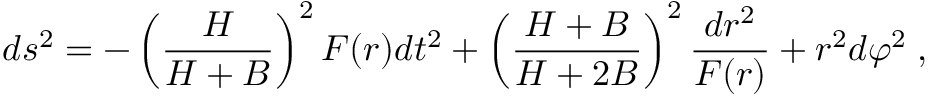
d s ^ { 2 } = - \left( \frac { H } { H + B } \right) ^ { 2 } F ( r ) d t ^ { 2 } + \left( \frac { H + B } { H + 2 B } \right) ^ { 2 } \frac { d r ^ { 2 } } { F ( r ) } + r ^ { 2 } d \varphi ^ { 2 } \; ,